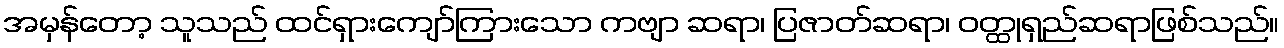
အမှန်တော့ သူသည် ထင်ရှားကျော်ကြားသော ကဗျာ ဆရာ၊ ပြဇာတ်ဆရာ၊ ဝတ္ထုရှည်ဆရာဖြစ်သည်။